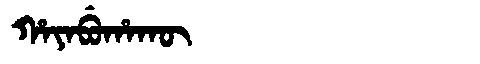
Manchu: ᡥᠠᠶᠠᠪᡠᡥᠠᡴᡡ
Romanization: HAYABUHAKŪ